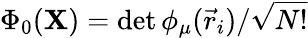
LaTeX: \Phi_{0}(\mathbf{X})=\operatorname*{det}{\phi_{\mu}(\vec{r}_{i})}/{\sqrt{N!}}